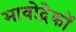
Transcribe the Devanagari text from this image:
भावोद्रेकों